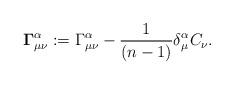
LaTeX: \begin{align*}\mathbf{\Gamma}^{\alpha}_{\mu\nu}:={\Gamma}^{\alpha}_{\mu\nu}-\frac{1}{(n-1)}\delta^{\alpha}_{\mu}C_{\nu}.\end{align*}